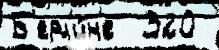
Б'ерл'и́н'е  320